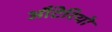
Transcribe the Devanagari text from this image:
औंटेरियो